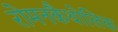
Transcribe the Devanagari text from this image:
रोमनकैथोलिक